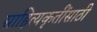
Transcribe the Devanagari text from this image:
साहित्यकृतींसाठी